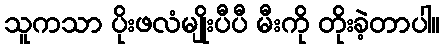
သူကသာ ပိုးဖလံမျိုးပီပီ မီးကို တိုးခဲ့တာပါ။